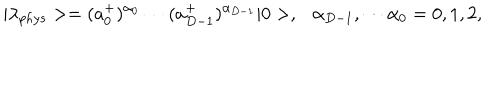
LaTeX: | \lambda _ { p h y s } > = ( a _ { 0 } ^ { + } ) ^ { \alpha _ { 0 } } \cdots ( a _ { D - 1 } ^ { + } ) ^ { \alpha _ { D - 1 } } | 0 > , \ \ \ \alpha _ { D - 1 } , \cdots \alpha _ { 0 } = 0 , 1 , 2 ,